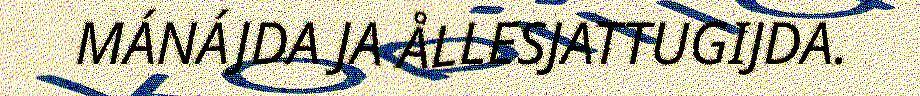
MÁNÁJDA JA ÅLLESJATTUGIJDA.